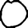
Digit: 0